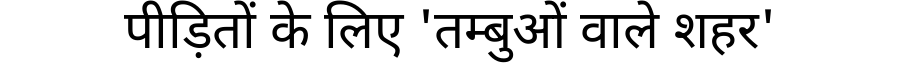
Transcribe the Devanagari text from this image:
पीड़ितों के लिए 'तम्बुओं वाले शहर'